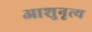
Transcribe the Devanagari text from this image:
आशुनृत्य